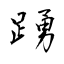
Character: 踴